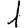
Digit: 1